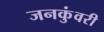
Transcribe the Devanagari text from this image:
जनकुंवरी